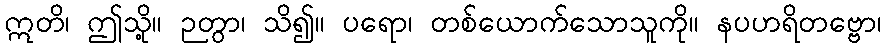
ဣတိ၊ ဤသို့။ ဉတွာ၊ သိ၍။ ပရော၊ တစ်ယောက်သောသူကို။ နပဟရိတဗ္ဗော၊